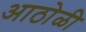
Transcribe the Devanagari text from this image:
आठोळी